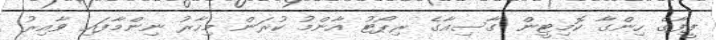
ފީފާގެ ހިންގާ ކޮމިޓީން ގާސިއާގެ ރިޕޯޓު އާންމު ކުރަން މިހާރު ނިންމާފައި ވާއިރު